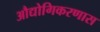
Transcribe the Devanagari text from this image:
औद्योगिकरणास